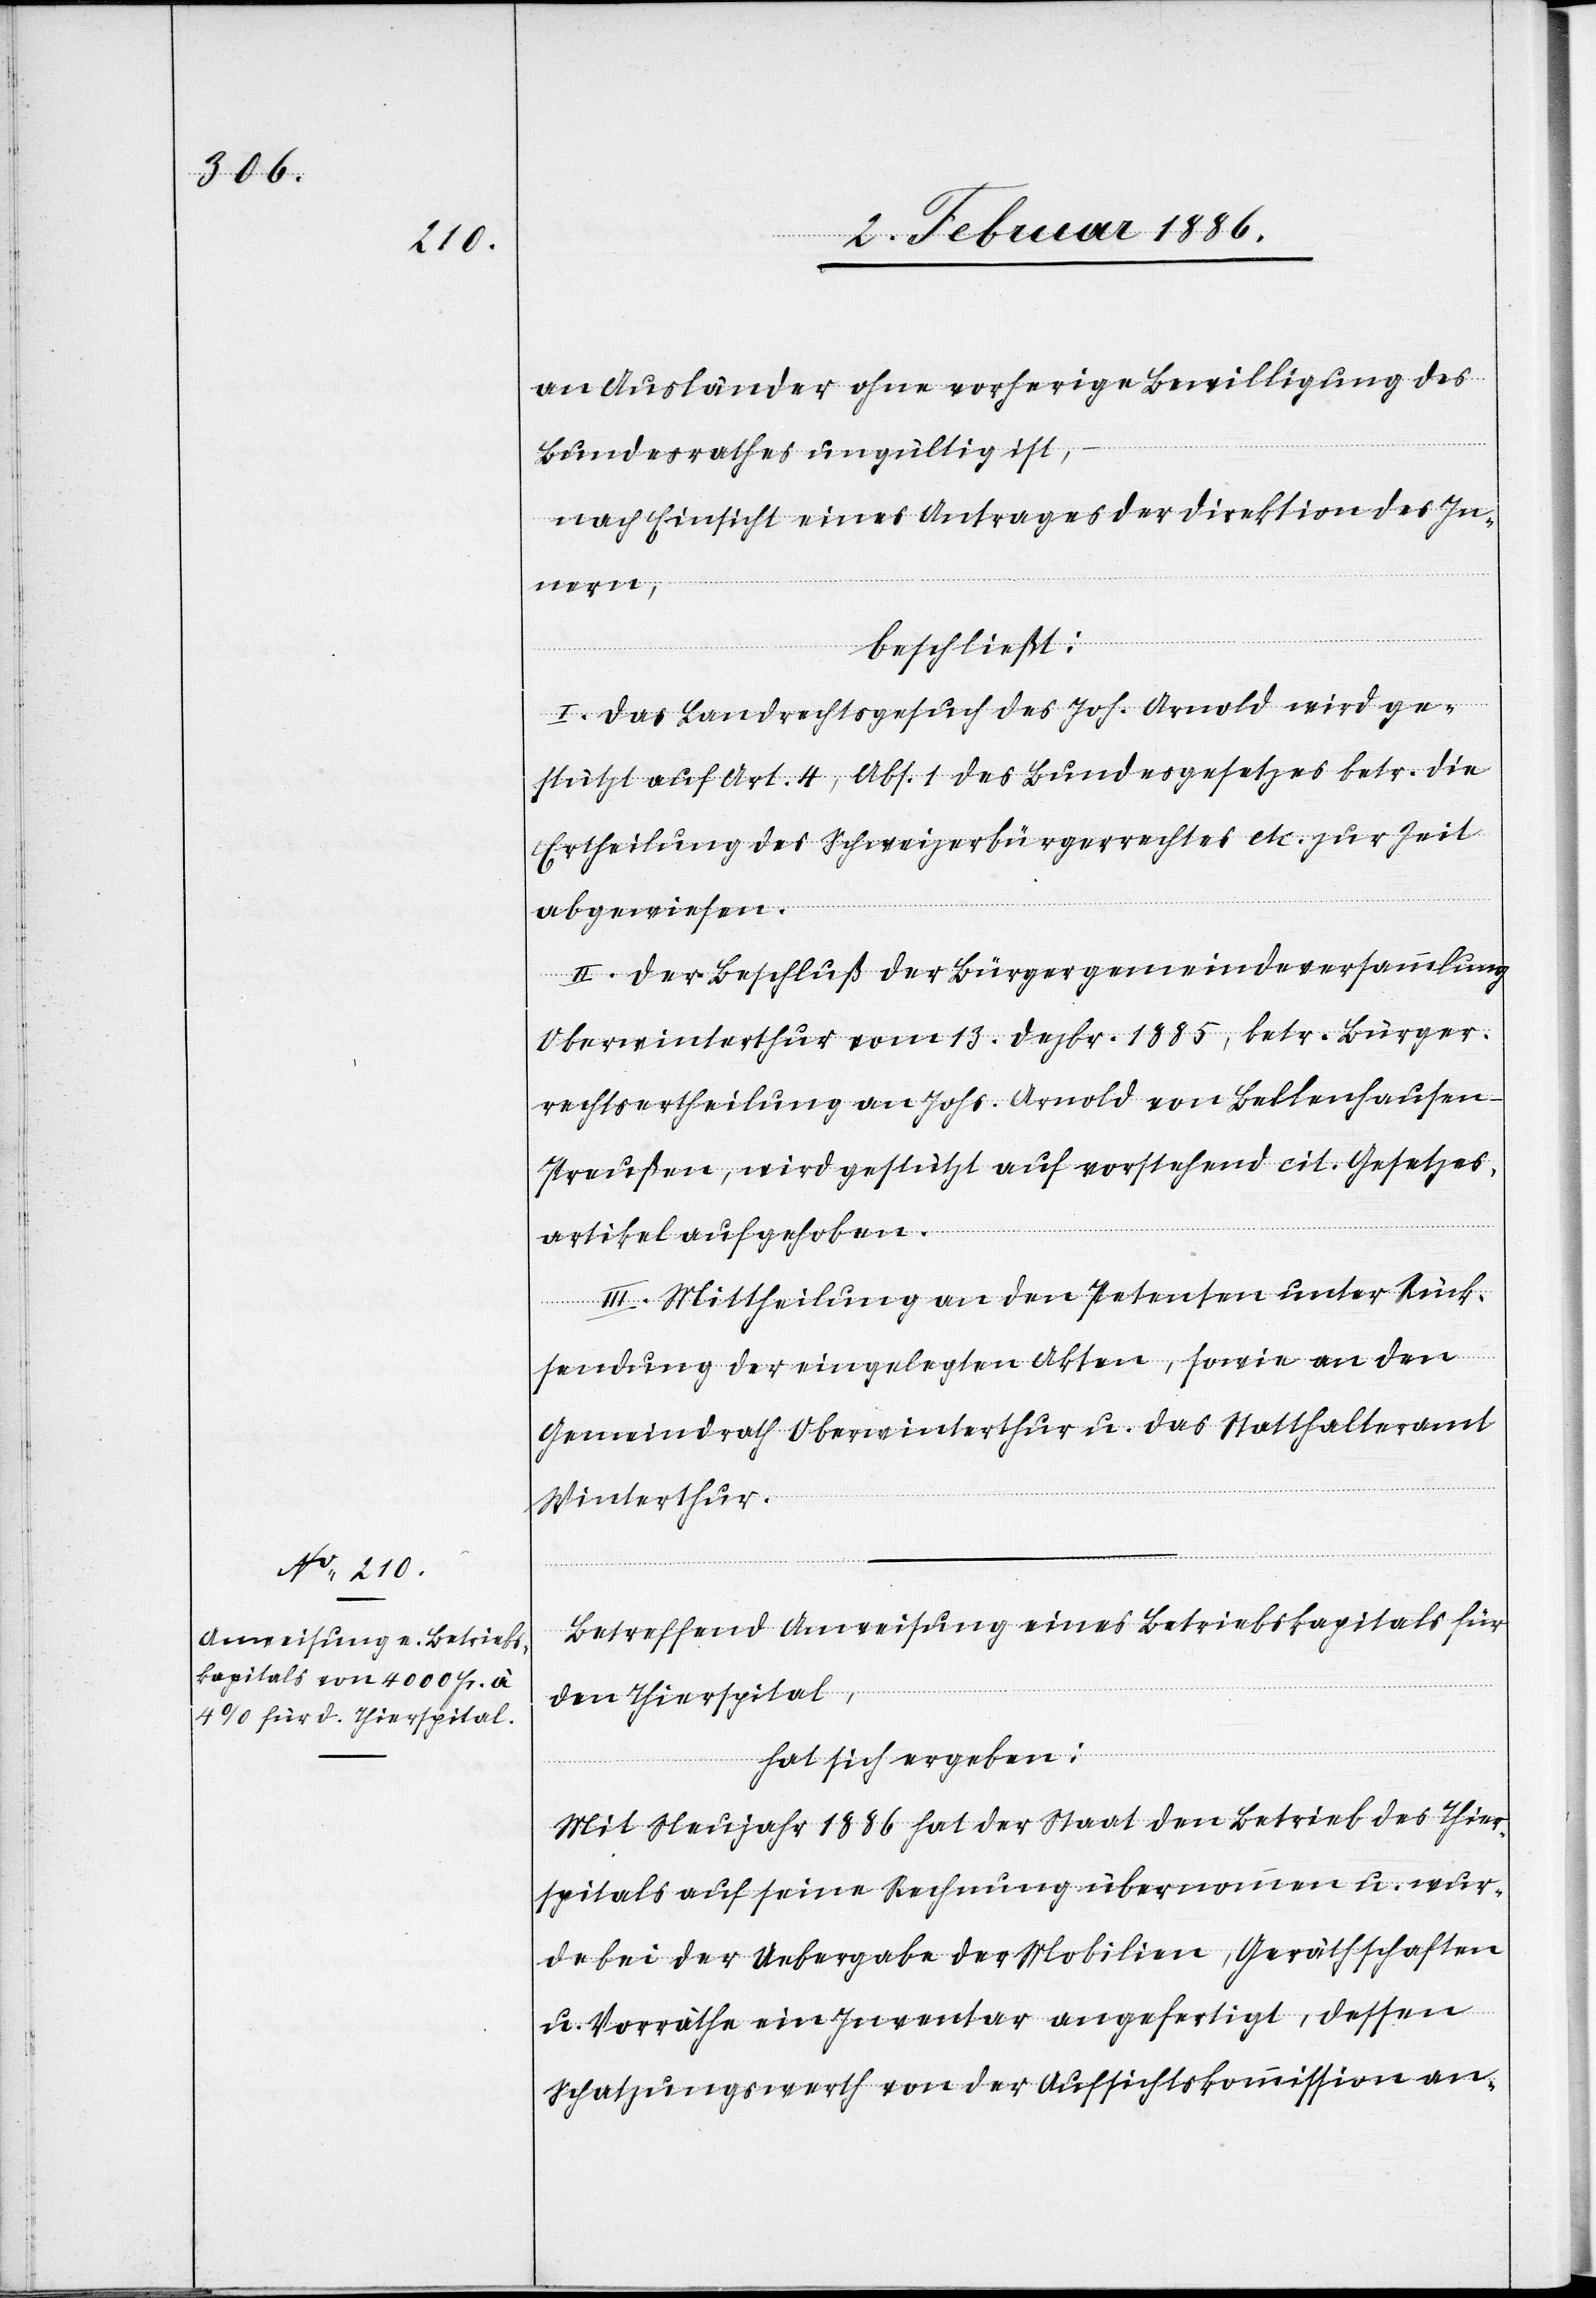
an Ausländer ohne vorherige Bewilligung des
Bundesrathes ungültig ist,
nach Einsicht eines Antrages der Direktion des In¬
nern,
beschließt:
I. Das Landrechtsgesuch des Joh. Arnold wird ge¬
stützt auf Art. 4, Abs. 1 des Bundesgesetzes betr. die
Ertheilung des Schweizerbürgerrechtes etc. zur Zeit
abgewiesen.
II. Der Beschluß der Bürgergemeindeversammlung
Oberwinterthur vom 13. Dezbr. 1885, betr. Bürger¬
rechtsertheilung an Johs. Arnold von Bellnhausen
Preußen, wird gestützt auf vorstehend cit. Gesetzes¬
artikel aufgehoben.
III. Mittheilung an den Petenten unter Rück¬
sendung der eingelegten Akten, sowie an den
Gemeindrath Oberwinterthur u. das Statthalteramt
Winterthur.
Betreffend Anweisung eines Betriebskapitals für
den Thierspital,
hat sich ergeben:
Mit Neujahr 1886 hat der Staat den Betrieb des Thier¬
spitals auf seine Rechnung übernommen u. wur¬
de bei der Uebergabe der Mobilien, Geräthschaften
u. Vorräthe ein Inventar angefertigt, dessen
Schätzungswerth von der Aufsichtskommission an-